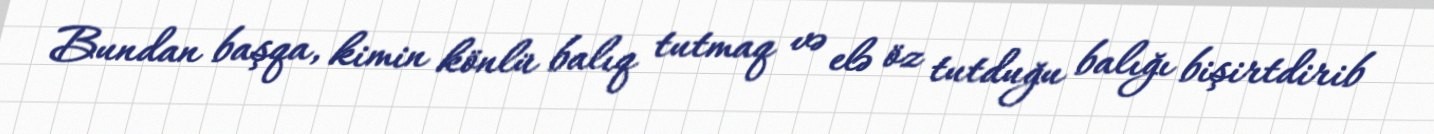
Bundan başqa, kimin könlü balıq tutmaq və elə öz tutduğu balığı bişirtdirib